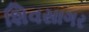
શિવસાગર